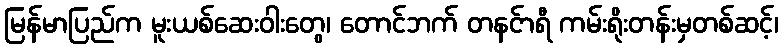
မြန်မာပြည်က မူးယစ်ဆေးဝါးတွေ၊ တောင်ဘက် တနင်ာရီ ကမ်းရိုးတန်းမှတစ်ဆင့်၊